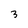
Character: 3